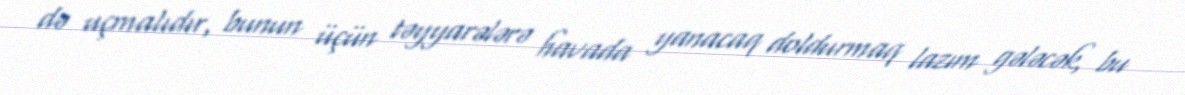
də uçmalıdır, bunun üçün təyyarələrə havada yanacaq doldurmaq lazım gələcək, bu